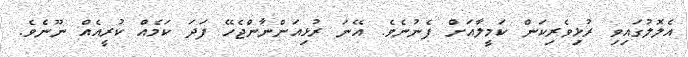
އެލޮލުގައިވި ރުޅިވެރިކަން ކަމީލާއަށް ފެނުނެވެ. އޭނަ ރުޅިއަންނާންޖެހޭ ފަދަ ކަމެއް ކުރީއެއް ނޫނެވެ.